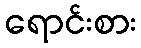
ရောင်းစား